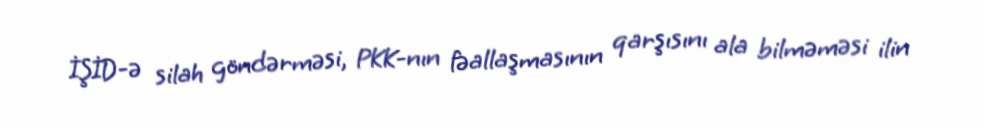
İŞİD-ə silah göndərməsi, PKK-nın fəallaşmasının qarşısını ala bilməməsi ilin